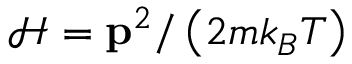
{ \mathcal { H } } = \mathbf { p } ^ { 2 } / \left( 2 m k _ { B } T \right)